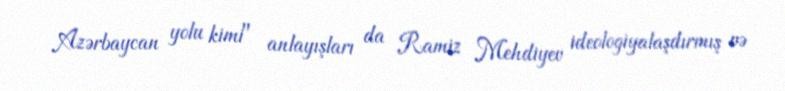
Azərbaycan yolu kimi" anlayışları da Ramiz Mehdiyev ideologiyalaşdırmış və